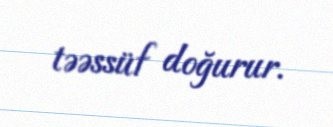
təəssüf doğurur.